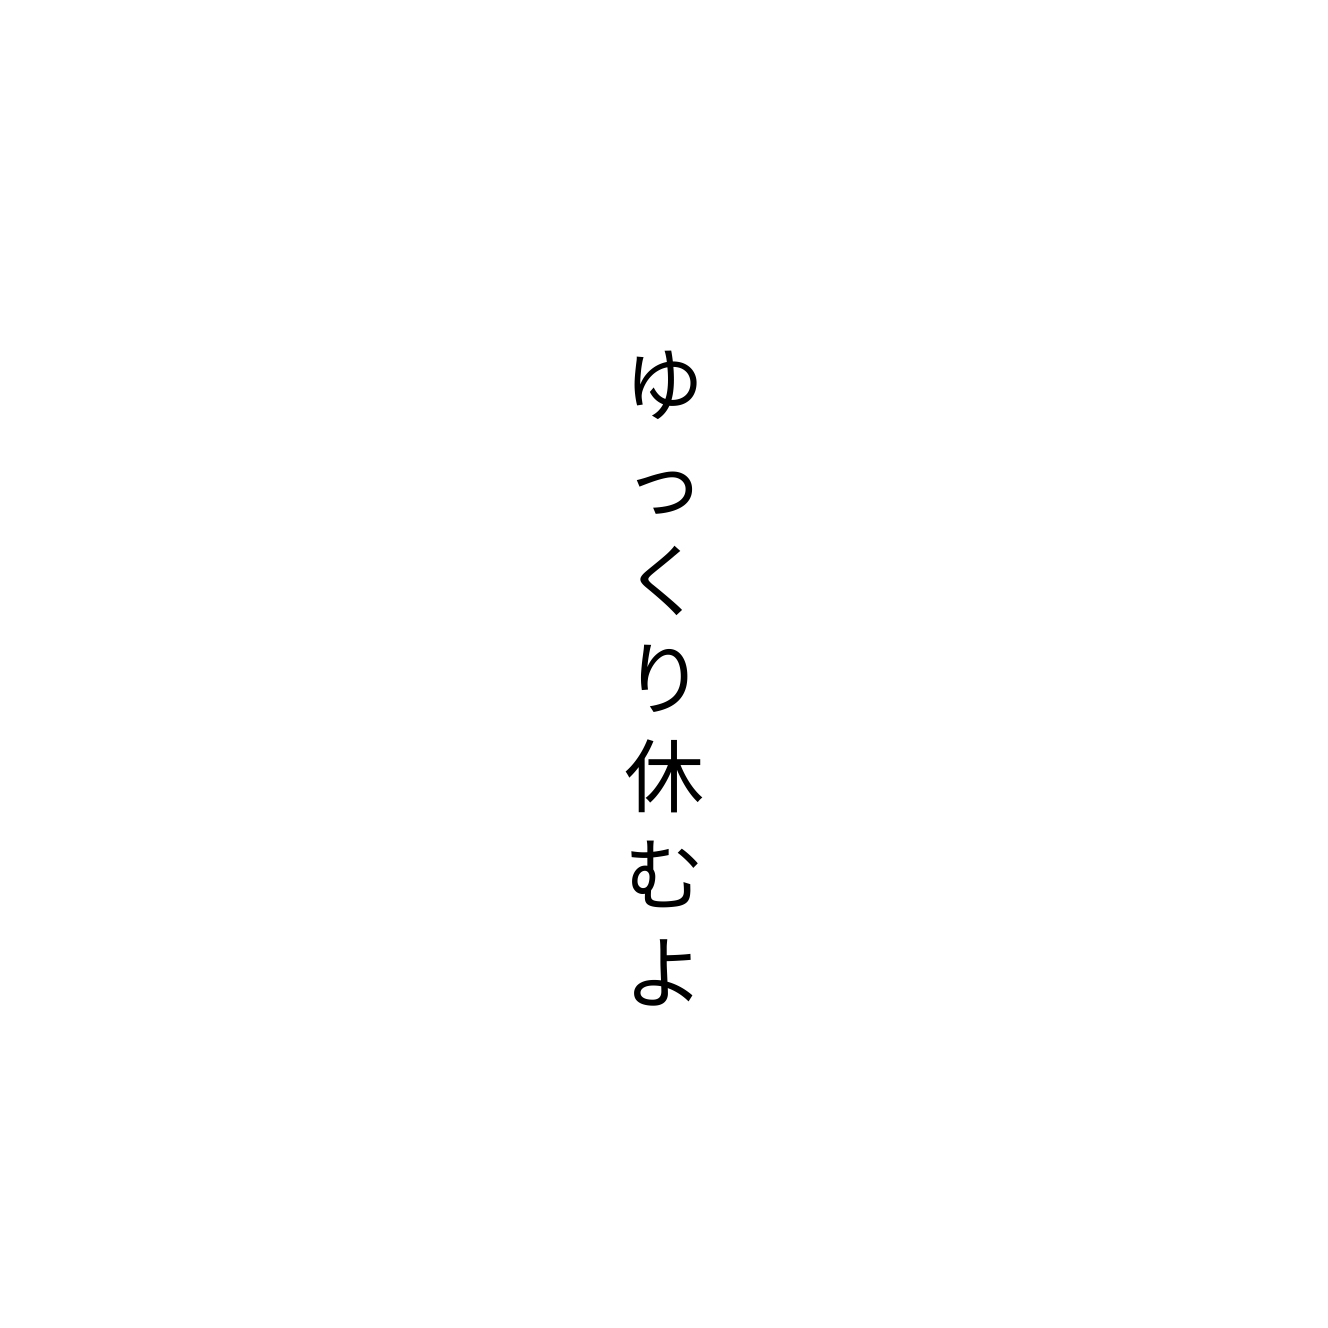
ゆっくり休むよ